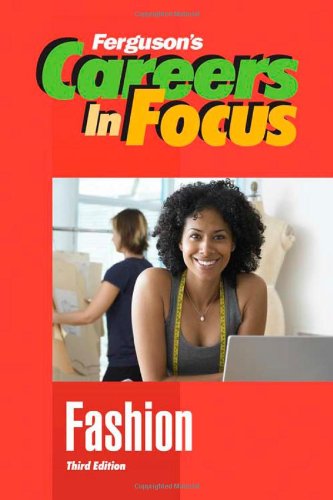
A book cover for Fashion, Third Edition (Ferguson's Careers in Focus); Ferguson; Teen & Young Adult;